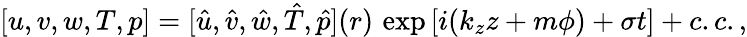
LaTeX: \begin{array}{r}{[u,v,w,T,p]=[\hat{u},\hat{v},\hat{w},\hat{T},\hat{p}](r)\, \exp{\left[i(k_{z}z+m\phi)+\sigma t\right]}+c.c.,}\end{array}